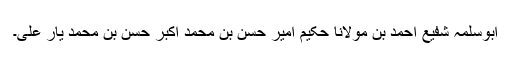
ابوسلمہ شفیع احمد بن مولانا حکیم امیر حسن بن محمد اکبر حسن بن محمد یار علی۔